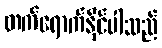
တက်ရောက်နိုင်ပါသည်